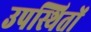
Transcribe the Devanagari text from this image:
उपस्थितों